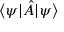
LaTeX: \langle \psi | { \hat { A } } | \psi \rangle